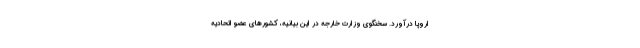
اروپا درآورد. سخنگوی وزارت خارجه در این بیانیه، کشورهای عضو اتحادیه